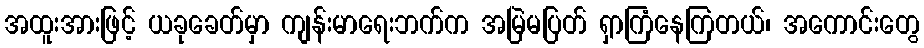
အထူးအားဖြင့် ယခုခေတ်မှာ ကျန်းမာရေးဘက်က အမြဲမပြတ် ရှာကြံနေကြတယ်၊ အကောင်းတွေ